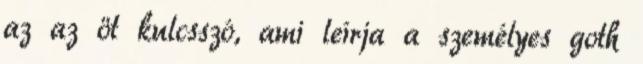
az az öt kulcsszó, ami leírja a személyes goth